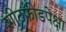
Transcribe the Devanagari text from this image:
शीटफीडपेक्षा